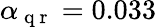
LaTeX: \alpha_{\mathrm{~q~r~}}=0.033